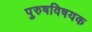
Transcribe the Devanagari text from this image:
पुरुषविषयक